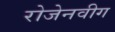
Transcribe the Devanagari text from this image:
रोजेनवीग